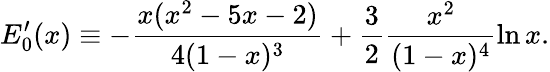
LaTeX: E_{0}^{\prime}(x)\equiv-\frac{x(x^{2}-5x-2)}{4(1-x)^{3}}+\frac{3}{2}\frac{x^{2}}{(1-x)^{4}}\ln x.